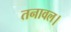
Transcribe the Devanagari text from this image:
तनावल।